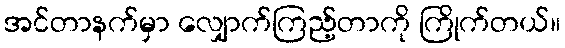
အင်တာနက်မှာ လျှောက်ကြည့်တာကို ကြိုက်တယ်။